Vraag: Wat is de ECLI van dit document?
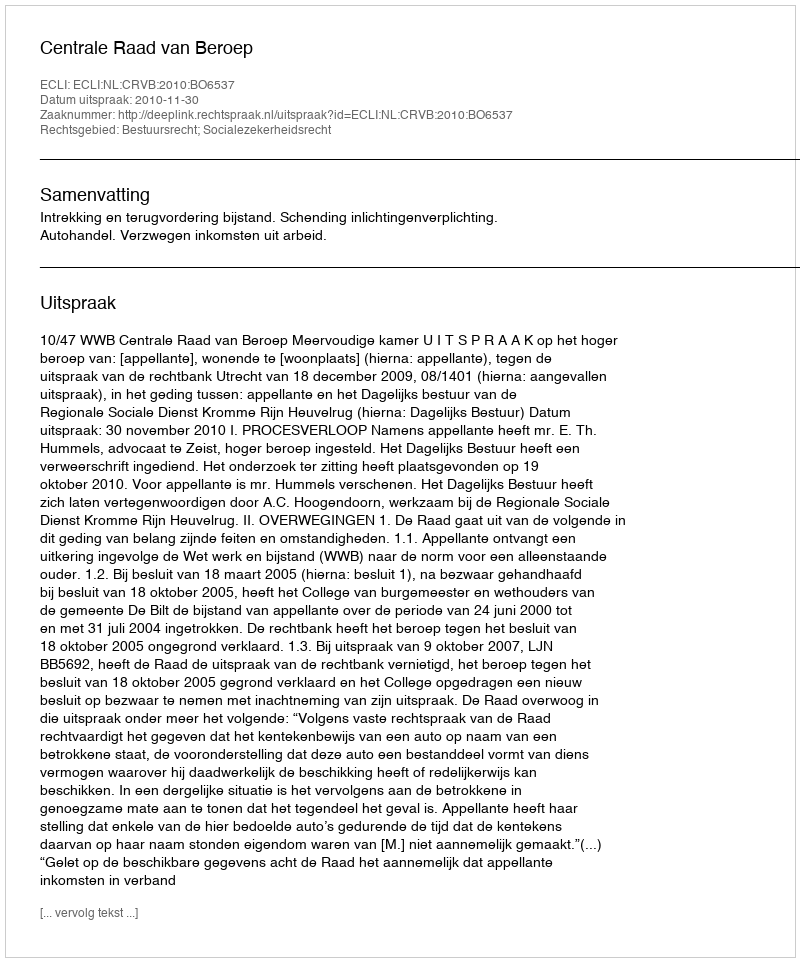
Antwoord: ECLI:NL:CRVB:2010:BO6537